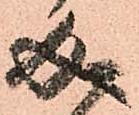
成